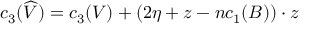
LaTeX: c _ { 3 } ( \widehat { V } ) = c _ { 3 } ( V ) + ( 2 \eta + z - n c _ { 1 } ( B ) ) \cdot z